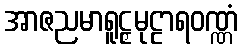
အာဇညမာရူဠှမုဠာရဝဏ္ဏံ